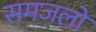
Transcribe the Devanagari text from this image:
समजलो